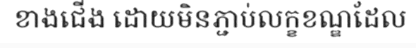
ខាងជើង ដោយមិនភ្ជាប់លក្ខខណ្ឌដែល